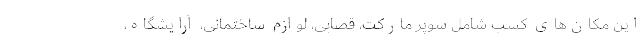
این مکان‌های کسب شامل سوپر مارکت، قصابی، لوازم ساختمانی، آرایشگاه،